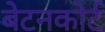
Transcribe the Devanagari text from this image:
बेटनकोर्ट